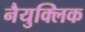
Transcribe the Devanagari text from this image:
नैयुक्लिक